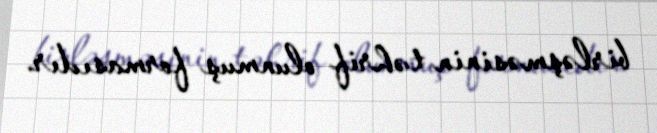
birləşməsinin təhrif olunmuş formasıdır.